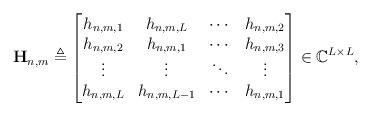
LaTeX: \begin{align*}\mathbf H_{n,m}\triangleq\begin{bmatrix}h_{n,m,1} & h_{n,m,L} &\cdots & h_{n,m,2}\\h_{n,m,2} & h_{n,m,1} &\cdots & h_{n,m,3}\\\vdots & \vdots &\ddots & \vdots\\h_{n,m,L} & h_{n,m,L-1}&\cdots & h_{n,m,1}\\\end{bmatrix} \in \mathbb{C}^{L\times L},\end{align*}